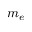
m _ { e }